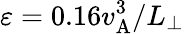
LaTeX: \varepsilon=0.16v_{\mathrm{A}}^{3}/L_{\perp}